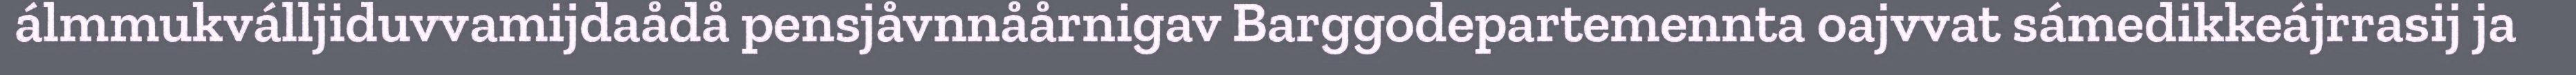
álmmukválljiduvvamijdaådå pensjåvnnåårnigav Barggodepartemennta oajvvat sámedikkeájrrasij ja